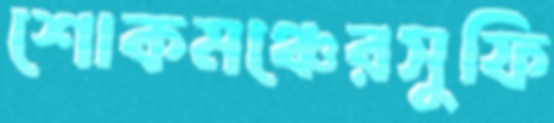
শোকমঞ্চেরসুফি